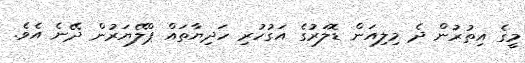
މީގެ އިތުރުން ދެ މިލިއަން ޑޮލަރުގެ އަގުހުރި ހަދިޔާތައް ޕްލޭޔަރުން ދޭނެ އެވެ.